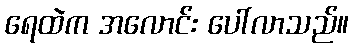
ရေထဲက အလောင်း ပေါ်လာသည်။